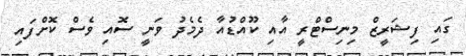
ގައި ފިޝަރީޒް މިނިސްޓްރީ އާއި ކޫއްޑުއާ ދެމެދު ވަނީ ސޮއި ވެސް ކޮށްފައި